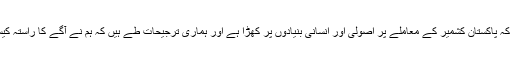
انہوں نے کہا کہ پاکستان کشمیر کے معاملے پر اصولی اور انسانی بنیادوں پر کھڑا ہے اور ہماری ترجیحات طے ہیں کہ ہم نے آگے کا راستہ کیسے اپنانا ہے۔